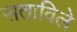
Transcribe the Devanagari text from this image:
सताविले